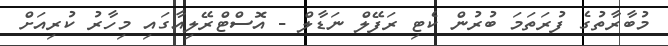
މުބާރާތުގެ ފުރަތަމަ ބުރުން ކެޓި ރަފޭލް ނަޑާލް - އޮސްޓްރޭލިއާގައި މިހާރު ކުރިއަށް